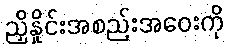
ညှိနှိုင်းအစည်းအဝေးကို